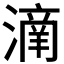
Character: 𣾌